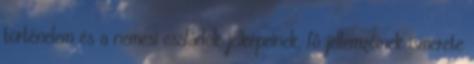
történelem és a nemesi családok jelképeinek, fő jellemzőinek ismerete